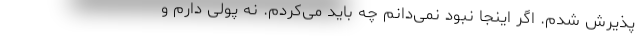
پذیرش شدم. اگر اینجا نبود نمی‌دانم چه باید می‌کردم. نه پولی دارم و